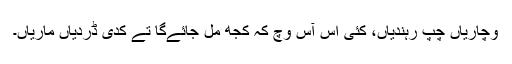
وچاریاں چُپ رہندیاں، کئی اس آس وچ کہ کُجھ مِل جائےگا تے کدی ڈردیاں ماریاں۔